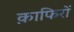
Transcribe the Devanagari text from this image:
क़ाफिरों